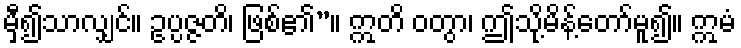
မှီ၍သာလျှင်။ ဥပ္ပဇ္ဇတိ၊ ဖြစ်၏”။ ဣတိ ဝတွာ၊ ဤသို့မိန့်တော်မူ၍။ ဣမံ